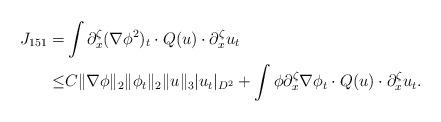
LaTeX: \begin{align*}J_{151}=&\int \partial^\zeta_x(\nabla \phi^2)_t \cdot Q(u)\cdot \partial^\zeta_x u_t\\\leq& C \|\nabla \phi\|_2\|\phi_t\|_2\|u\|_3|u_t|_{D^2}+\int \phi \partial^\zeta_x \nabla \phi_t \cdot Q(u)\cdot \partial^\zeta_x u_t.\end{align*}